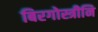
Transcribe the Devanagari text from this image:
बिरगोस्त्रीनि